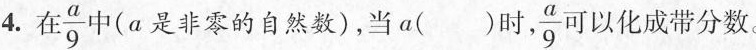
4.在 \frac{a}{9} 中(a是非零的自然数)，当a( )时， \frac{a}{9}可以化成带分数。